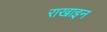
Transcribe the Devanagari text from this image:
राखाइन